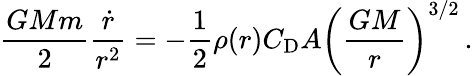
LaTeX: \frac{GMm}{2}\frac{\dot{r}}{r^{2}}=-\frac{1}{2}\rho(r)C_{\textrm{D}}A\left(\frac{GM}{r}\right)^{3/2}\, .